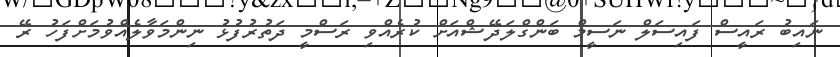
ނައިބު ރައީސް ފައިސަލް ނަސީމް ބަންގްލަދޭޝްއަށް ކުރެއްވި ރަސްމީ ދަތުރުފުޅު ނިންމަވާލެއްވުމަށްފަހު ރޭ